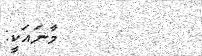
މާނައަކީ: